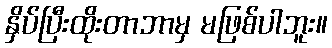
နှိပ်ပြီးထိုးတာဘာမှ မဖြစ်ပါဘူး။